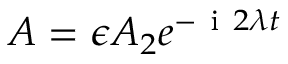
A = \epsilon A _ { 2 } e ^ { - \mathrm { ~ i ~ } 2 \lambda t }